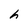
Character: h